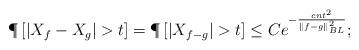
LaTeX: \begin{align*}\P\left[\left|X_f-X_g\right|>t\right]=\P\left[\left|X_{f-g}\right|>t\right]\le Ce^{-\frac{cnt^2}{\|f-g\|_{BL}^2}};\end{align*}